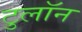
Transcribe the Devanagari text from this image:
टुलॉन